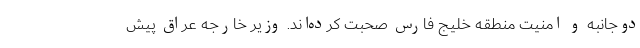
دوجانبه و امنیت منطقه خلیج فارس صحبت کرده‌اند. وزیر خارجه عراق پیش